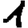
Digit: 1